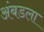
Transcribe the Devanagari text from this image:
अंबडला